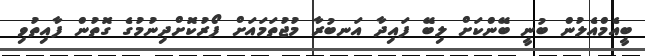
ބީއެމްއެލުން ބުނީ ބޭންކަށް ލިބޭ ފައިދާ އަނބުރާ މުޖުތަމައަށް ފޯރުކޮށްދިނުމުގެ ގޮތުން ފާއިތުވި